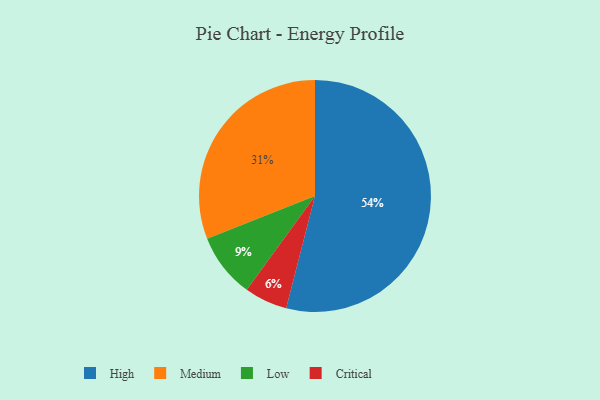
{"axis": {"x": "Category", "y": "Percentage"}, "legend": ["Critical", "High", "Low", "Medium"], "data": [{"x": "Critical", "y": 6, "type": "Critical"}, {"x": "Medium", "y": 31, "type": "Medium"}, {"x": "Low", "y": 9, "type": "Low"}, {"x": "High", "y": 54, "type": "High"}]}